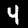
Digit: 4